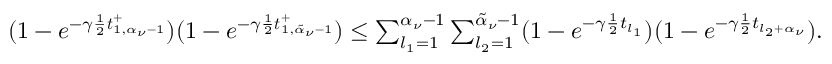
\begin{array} { r } { ( 1 - e ^ { - \gamma \frac { 1 } { 2 } \boldsymbol { t } _ { 1 , \alpha _ { \nu } - 1 } ^ { + } } ) ( 1 - e ^ { - \gamma \frac { 1 } { 2 } \boldsymbol { t } _ { 1 , \tilde { \alpha } _ { \nu } - 1 } ^ { + } } ) \leq \sum _ { l _ { 1 } = 1 } ^ { \alpha _ { \nu } - 1 } \sum _ { l _ { 2 } = 1 } ^ { \tilde { \alpha } _ { \nu } - 1 } ( 1 - e ^ { - \gamma \frac { 1 } { 2 } t _ { l _ { 1 } } } ) ( 1 - e ^ { - \gamma \frac { 1 } { 2 } t _ { l _ { 2 } + \alpha _ { \nu } } } ) . } \end{array}